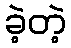
ခဲ့တဲ့